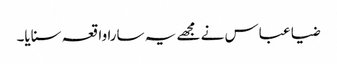
ضیا عباس نے مجھے یہ سارا واقعہ سنایا۔